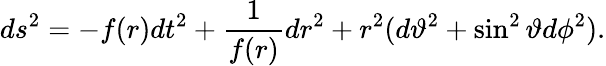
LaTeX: ds^{2}=-f(r)dt^{2}+\frac{1}{f(r)}dr^{2}+r^{2}(d\vartheta^{2}+\sin^{2}\vartheta d\phi^{2}).